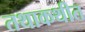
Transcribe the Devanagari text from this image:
तथाकथीत